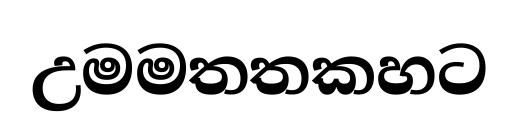
උමමතතකහට